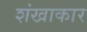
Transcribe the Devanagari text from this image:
शंखाकार